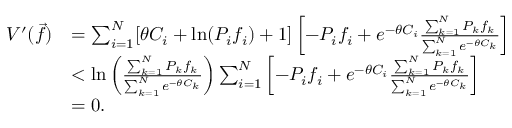
\begin{array} { r l } { V ^ { \prime } ( \vec { f } ) } & { = \sum _ { i = 1 } ^ { N } [ \theta C _ { i } + \mathrm { l n } ( P _ { i } f _ { i } ) + 1 ] \left[ - P _ { i } f _ { i } + e ^ { - \theta C _ { i } } \frac { \sum _ { k = 1 } ^ { N } P _ { k } f _ { k } } { \sum _ { k = 1 } ^ { N } e ^ { - \theta C _ { k } } } \right] } \\ & { < \mathrm { l n } \left( \frac { \sum _ { k = 1 } ^ { N } P _ { k } f _ { k } } { \sum _ { k = 1 } ^ { N } e ^ { - \theta C _ { k } } } \right) \sum _ { i = 1 } ^ { N } \left[ - P _ { i } f _ { i } + e ^ { - \theta C _ { i } } \frac { \sum _ { k = 1 } ^ { N } P _ { k } f _ { k } } { \sum _ { k = 1 } ^ { N } e ^ { - \theta C _ { k } } } \right] } \\ & { = 0 . } \end{array}